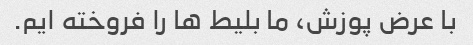
با عرض پوزش، ما بلیط ها را فروخته ایم.